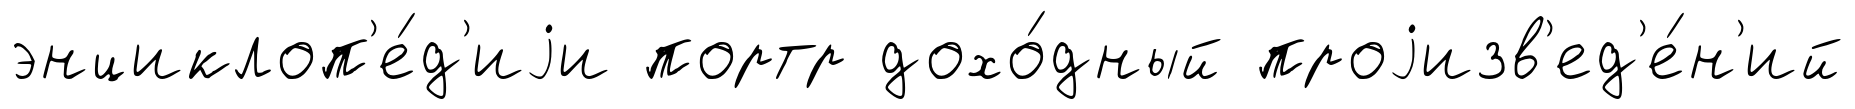
энциклоп'е́д'иjи портр дохо́дный проjизв'ед'е́н'ий